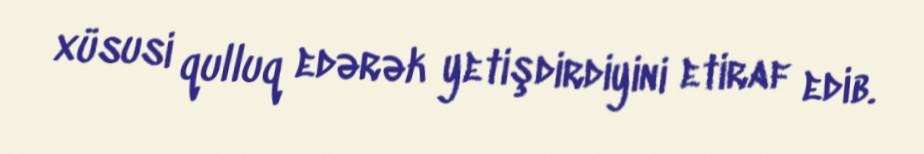
xüsusi qulluq edərək yetişdirdiyini etiraf edib.